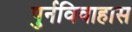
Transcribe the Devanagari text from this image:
पुर्नविवाहास